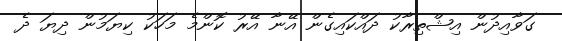
ގަވާއިދުން އިޝްތިރާކު ދައްކައިގެން އޭނާ އޭރު ކޮންމެ މަހަކު ކިޔަމުން ދިޔަ ދެ